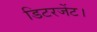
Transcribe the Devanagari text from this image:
डिटरजेंट।